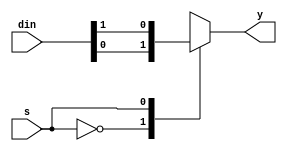
/*
behavioral model of a 2x1 mux using if else
*/

module mux_2x1(input[1:0] din, input s, output reg y);

    always @(din or s) begin
        case (s)
            1'b0: y = din[0];
            1'b1: y = din[1];
            default: y = 1'bz;
        endcase
    end

endmodule